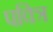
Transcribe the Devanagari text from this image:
पवित्र